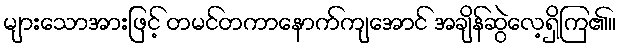
များသောအားဖြင့် တမင်တကာနောက်ကျအောင် အချိန်ဆွဲလေ့ရှိကြ၏။